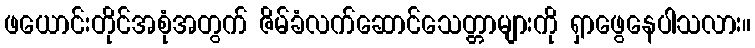
ဖယောင်းတိုင်အစုံအတွက် ဇိမ်ခံလက်ဆောင်သေတ္တာများကို ရှာဖွေနေပါသလား။